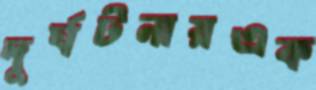
দুর্ঘটনায়এক